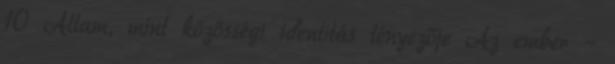
10 Állam, mint közösségi identitás tényezője Az ember –